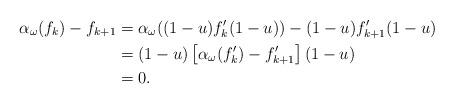
LaTeX: \begin{align*}\alpha_\omega(f_k) - f_{k+1} &= \alpha_\omega((1-u)f_k'(1-u)) - (1-u)f_{k+1}'(1-u) \\&= (1-u)\left[ \alpha_\omega (f_k') - f_{k+1}' \right] (1-u) \\&= 0.\end{align*}